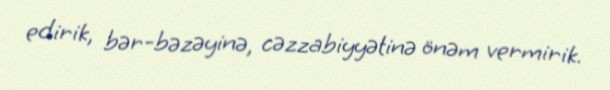
edirik, bər-bəzəyinə, cəzzabiyyətinə önəm vermirik.